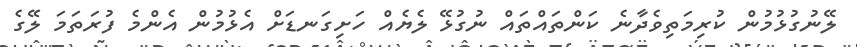
ލޭނުގުޅުމުން ކުރިމަތިވެދާނެ ކަންތައްތައް ނުގުޅޭ ލެޔެއް ހަށިގަނޑަށް އެޅުމުން އެންމެ ފުރަތަމަ ލޭގެ